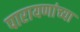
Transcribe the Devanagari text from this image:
पारायणांच्या